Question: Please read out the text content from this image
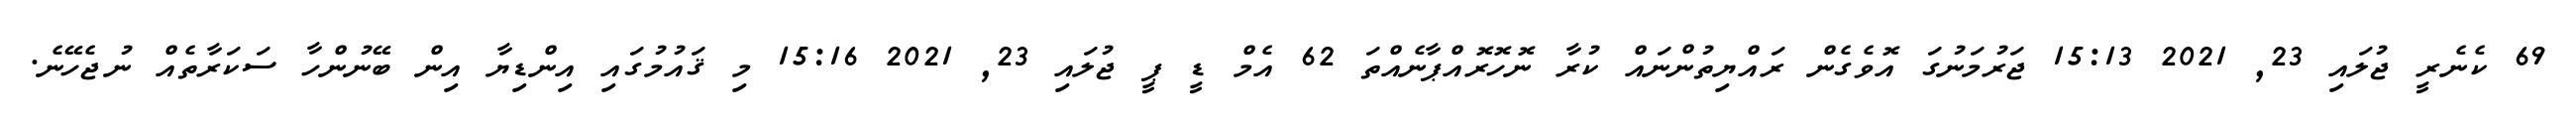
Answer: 69 ކެނެރީ ޖުލައި 23, 2021 15:13 ޖަރުމަނުގަ އޮވެގެން ރައްޔިތުންނައް ކުރާ ނޮހޮރޮއްޕާނެއްތަ 62 އެމް ޑީ ޕީ ޖުލައި 23, 2021 15:16 މި ޤައުމުގައި އިންޑިޔާ އިން ބޭނުންހާ ސަކަރާތެއް ނުޖެހޭނެ.